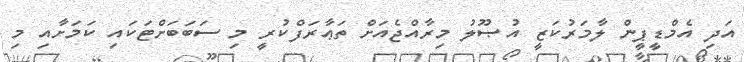
އަދި އެމްޑީޕީން ލާމަރުކަޒީ އުޞޫލު މިރާއްޖެއަށް ތަޢާރަފްކުރީ މި ސަބަބަށްޓަކައި ކަމަށާއި މި